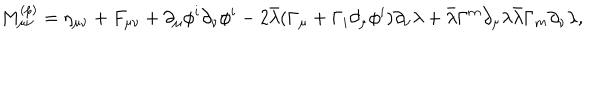
M _ { \mu \nu } ^ { ( p ) } = \eta _ { \mu \nu } + F _ { \mu \nu } + \partial _ { \mu } \phi ^ { i } \partial _ { \nu } \phi ^ { i } - 2 \bar { \lambda } ( \Gamma _ { \mu } + \Gamma _ { i } \partial _ { \mu } \phi ^ { i } ) \partial _ { \nu } \lambda + \bar { \lambda } \Gamma ^ { m } \partial _ { \mu } \lambda \bar { \lambda } \Gamma _ { m } \partial _ { \nu } \lambda ,